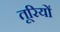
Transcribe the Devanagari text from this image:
तूरियों